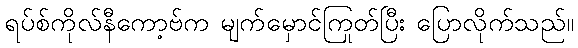
ရပ်စ်ကိုလ်နီကော့ဗ်က မျက်မှောင်ကြုတ်ပြီး ပြောလိုက်သည်။